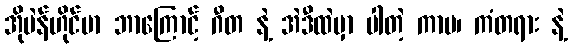
အိုပဲန်ဟိုင်မာ ဘာကြောင့် ဂီတ နဲ့ အဲဒီထဲမှာ ပါတဲ့ ကာမ၊ ကံတရား နဲ့